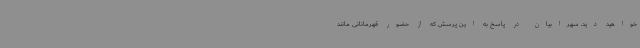
خواهید دید. سهرابیان در پاسخ به این پرسش که از حضور قهرمانانی مانند